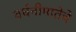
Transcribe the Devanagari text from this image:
वर्धनीमातेचे